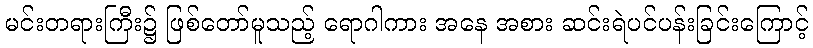
မင်းတရားကြီး၌ ဖြစ်တော်မူသည့် ရောဂါကား အနေ အစား ဆင်းရဲပင်ပန်းခြင်းကြောင့်